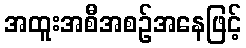
အထူးအစီအစဉ်အနေဖြင့်